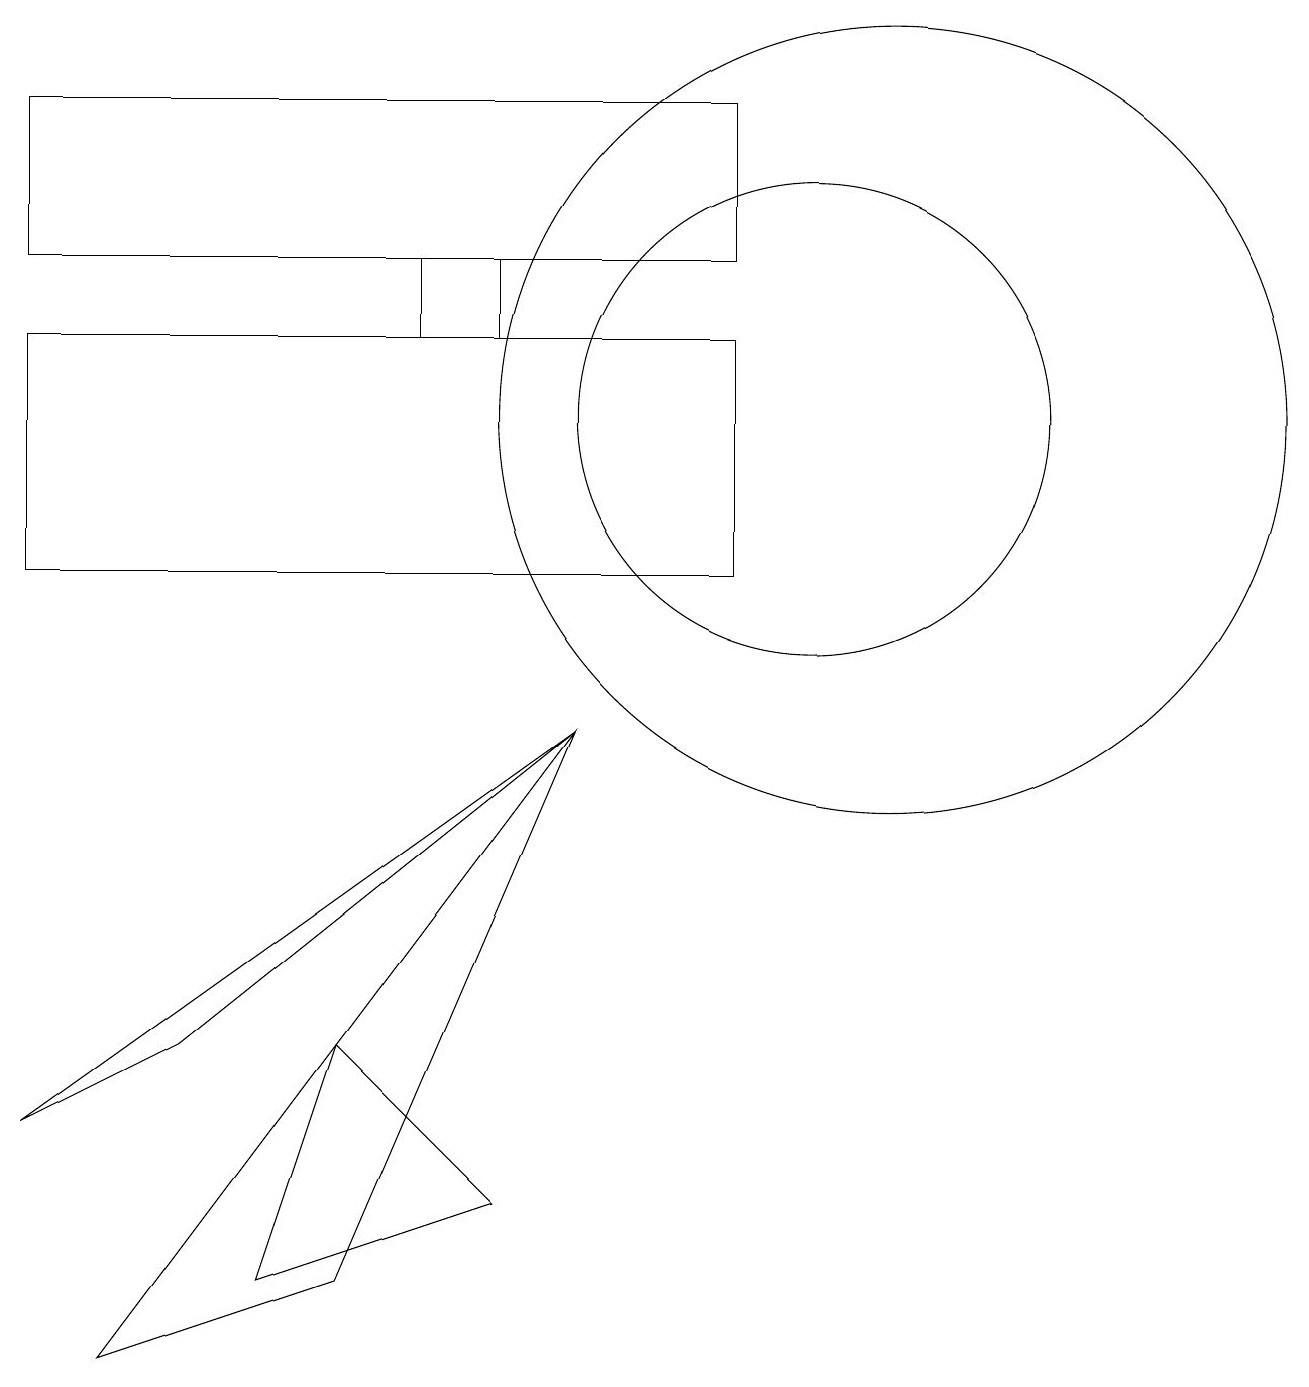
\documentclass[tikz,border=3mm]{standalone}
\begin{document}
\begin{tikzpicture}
\draw (6,13) rectangle (5,14);
\draw (9,13) rectangle (0,10);
\draw (7,8) -- (4,1) -- (1,0) -- cycle;
\draw (2,4) -- (0,3) -- (7,8) -- cycle;
\draw (0,16) rectangle (9,14);
\draw (11,12) circle (5);
\draw (3,1) -- (6,2) -- (4,4) -- cycle;
\draw (10,12) circle (3);
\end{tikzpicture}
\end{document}